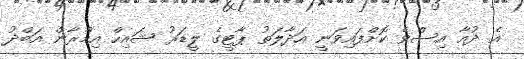
އެ ދުއާ އިސްވެ ކޮށްފައިވަނީ އަދާލަތު ޕާޓީގެ ލީޑަރު ޝައިހް އިމްރާން އަބްދު